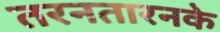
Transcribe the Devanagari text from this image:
तरनतारनके